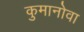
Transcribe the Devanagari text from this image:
कुमानोवा